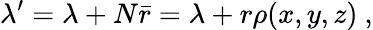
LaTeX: \lambda^{\prime}=\lambda+N\bar{r}=\lambda+r\rho(x,y,z)\ ,